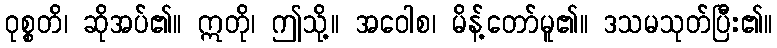
ဝုစ္စတိ၊ ဆိုအပ်၏။ ဣတို၊ ဤသို့။ အဝေါစ၊ မိန့်တော်မူ၏။ ဒသမသုတ်ပြီး၏။